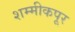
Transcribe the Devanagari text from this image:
शम्मीकपूर